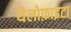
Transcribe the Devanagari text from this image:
थैलोफ़ाइटा